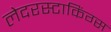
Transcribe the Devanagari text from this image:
लेदरस्टाकिंग्स